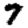
Digit: 7